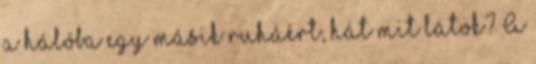
a hálóba egy másik ruháért, hát mit látok? A